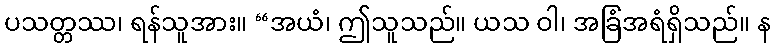
ပသတ္တဿ၊ ရန်သူအား။ “အယံ၊ ဤသူသည်။ ယသ ဝါ၊ အခြံအရံရှိသည်။ န